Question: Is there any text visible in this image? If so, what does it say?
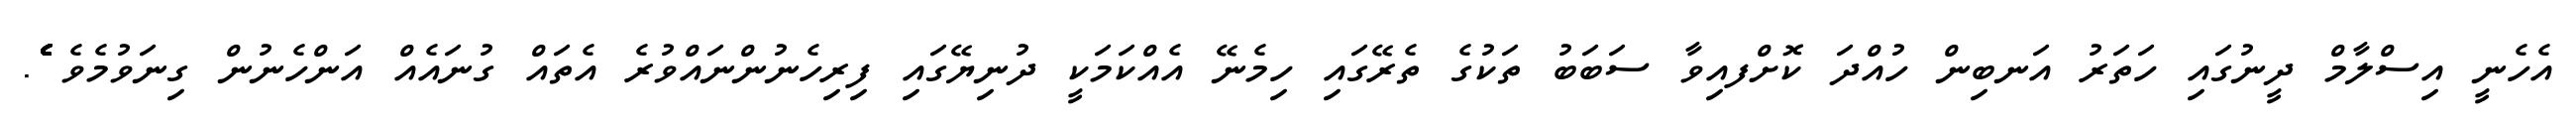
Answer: އެހެނީ އިސްލާމް ދީނުގައި ހަތަރު އަނބިން ހުއްދަ ކޮށްފއިވާ ސަބަބު ތަކުގެ ތެރޭގައި ހިމެނޭ އެއްކަމަކީ ދުނިޔޭގައި ފިރިހެނުންނައްވުރެ އެތައް ގުނައެއް އަންހެނުން ގިނަވުމެވެ ެެެެެެެެެެެެެެެެެެެެެެެެެެެެެެެެެެެެެެެެެެެެެެެެެެެެެެެެެެެެެެެެެެެެެެެެ.